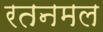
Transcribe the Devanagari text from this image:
रतनमल